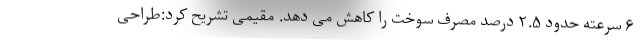
۶ سرعته حدود ۲.۵ درصد مصرف سوخت را کاهش می دهد. مقیمی تشریح کرد:طراحی